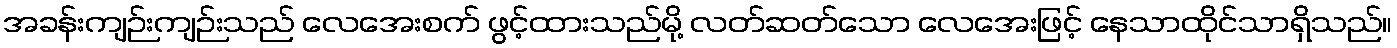
အခန်းကျဉ်းကျဉ်းသည် လေအေးစက် ဖွင့်ထားသည်မို့ လတ်ဆတ်သော လေအေးဖြင့် နေသာထိုင်သာရှိသည်။